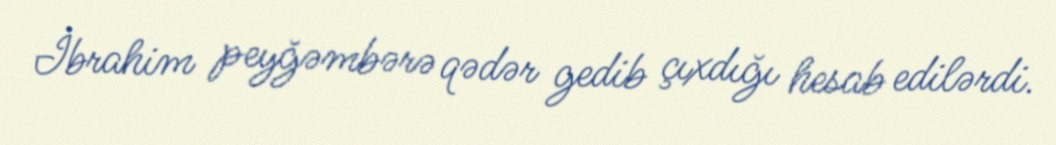
İbrahim peyğəmbərə qədər gedib çıxdığı hesab edilərdi.